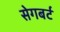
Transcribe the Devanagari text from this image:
सेगबर्ट